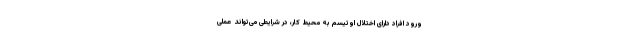
ورود افراد دارای اختلال اوتیسم به محیط کار، در شرایطی می‌تواند عملی